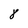
Character: 8